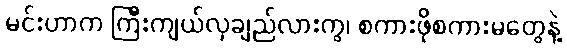
မင်းဟာက ကြီးကျယ်လှချည်လားကွ၊ စကားဖိုစကားမတွေနဲ့